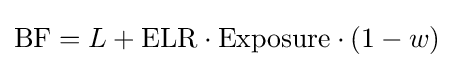
\mathrm {BF} =L+\mathrm {ELR} \cdot \mathrm {Exposure} \cdot (1-w)